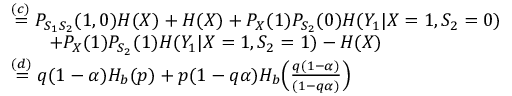
\begin{array} { r l } & { \overset { ( c ) } { = } P _ { S _ { 1 } S _ { 2 } } ( 1 , 0 ) H ( X ) + H ( X ) + P _ { X } ( 1 ) P _ { S _ { 2 } } ( 0 ) H ( Y _ { 1 } | X = 1 , S _ { 2 } = 0 ) } \\ & { \qquad + P _ { X } ( 1 ) P _ { S _ { 2 } } ( 1 ) H ( Y _ { 1 } | X = 1 , S _ { 2 } = 1 ) - H ( X ) } \\ & { \overset { ( d ) } { = } q ( 1 - \alpha ) H _ { b } ( p ) + p ( 1 - q \alpha ) H _ { b } \Big ( \frac { q ( 1 - \alpha ) } { ( 1 - q \alpha ) } \Big ) } \end{array}